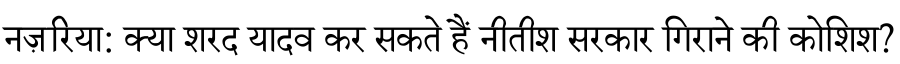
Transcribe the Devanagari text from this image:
नज़रिया: क्या शरद यादव कर सकते हैं नीतीश सरकार गिराने की कोशिश?